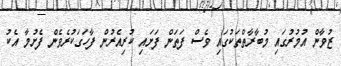
ޒުވާން އުމުރުގައި މުބާރާތްތަކުގައި ވެސް ފަތަން ފަށައި ކުރިއެރުން ފާހަގަކުރެވެން ފެށުމާ އެކު